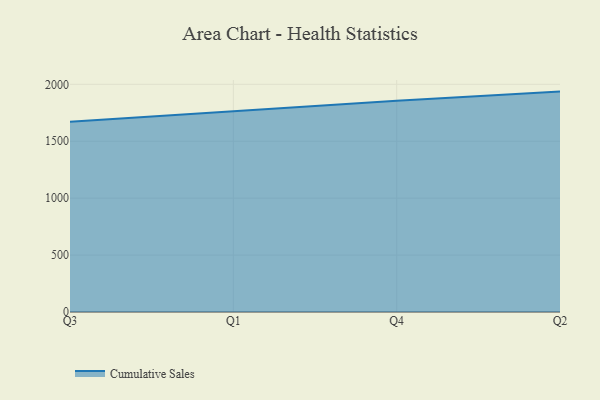
{"axis": {"x": "Quarter", "y": "Gross Profit (USD K)"}, "legend": ["Cumulative Sales"], "data": [{"x": "Q3", "y": 1671.9, "type": "Cumulative Sales"}, {"x": "Q1", "y": 1762.8, "type": "Cumulative Sales"}, {"x": "Q4", "y": 1855.1, "type": "Cumulative Sales"}, {"x": "Q2", "y": 1936.0, "type": "Cumulative Sales"}]}